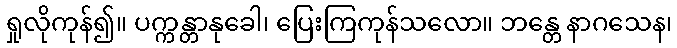
ရှုလိုကုန်၍။ ပက္ကန္တာနုခေါ၊ ပြေးကြကုန်သလော။ ဘန္တေ နာဂသေန၊